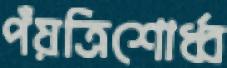
পঁয়ত্রিশোর্ধ্ব